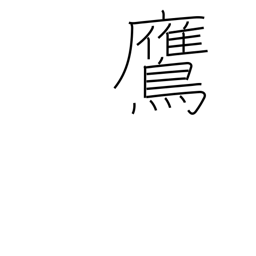
Meaning: hawk